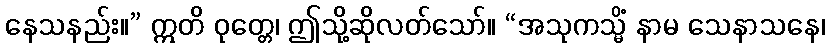
နေသနည်း။” ဣတိ ဝုတ္တေ၊ ဤသို့ဆိုလတ်သော်။ “အသုကသ္မိံ နာမ သေနာသနေ၊